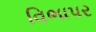
વિભાપર